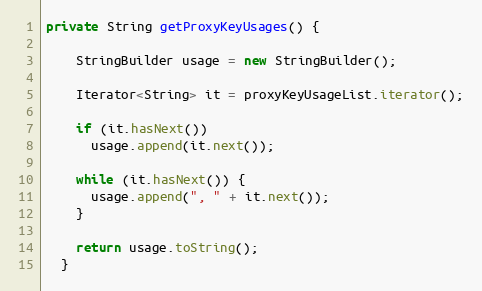
Language: Java
private String getProxyKeyUsages() {

    StringBuilder usage = new StringBuilder();

    Iterator<String> it = proxyKeyUsageList.iterator();

    if (it.hasNext())
      usage.append(it.next());

    while (it.hasNext()) {
      usage.append(", " + it.next());
    }

    return usage.toString();
  }